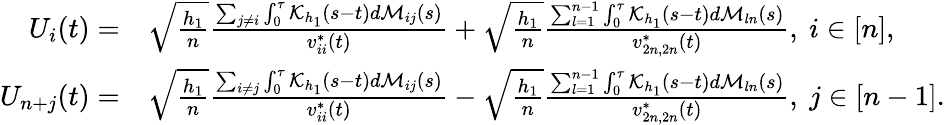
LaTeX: \begin{array}{rl}{U_{i}(t)=}&{\sqrt{\frac{h_{1}}{n}}\frac{\sum_{j\neq i}\int_{0}^{\tau}\mathcal{K}_{h_{1}}(s-t)d\mathcal{M}_{ij}(s)}{v_{ii}^{*}(t)}+\sqrt{\frac{h_{1}}{n}}\frac{\sum_{l=1}^{n-1}\int_{0}^{\tau}\mathcal{K}_{h_{1}}(s-t)d\mathcal{M}_{ln}(s)}{v_{2n,2n}^{*}(t)},~i\in[n],}\\ {U_{n+j}(t)=}&{\sqrt{\frac{h_{1}}{n}}\frac{\sum_{i\neq j}\int_{0}^{\tau}\mathcal{K}_{h_{1}}(s-t)d\mathcal{M}_{ij}(s)}{v_{ii}^{*}(t)}-\sqrt{\frac{h_{1}}{n}}\frac{\sum_{l=1}^{n-1}\int_{0}^{\tau}\mathcal{K}_{h_{1}}(s-t)d\mathcal{M}_{ln}(s)}{v_{2n,2n}^{*}(t)},~j\in[n-1].}\end{array}